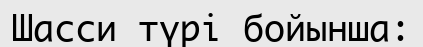
Шасси түрі бойынша: